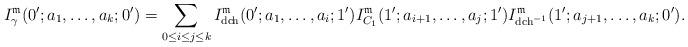
LaTeX: \begin{align*}I_{\gamma}^{\mathfrak{m}}(0';a_{1},\dots,a_{k};0') & =\sum_{0\leq i\leq j\leq k}I_{\mathrm{dch}}^{\mathfrak{m}}(0';a_{1},\dots,a_{i};1')I_{C_{1}}^{\mathfrak{m}}(1';a_{i+1},\dots,a_{j};1')I_{\mathrm{dch}^{-1}}^{\mathfrak{m}}(1';a_{j+1},\dots,a_{k};0').\end{align*}